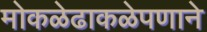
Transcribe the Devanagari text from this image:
मोकळेढाकळेपणाने